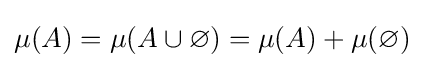
\mu (A)=\mu (A\cup \varnothing )=\mu (A)+\mu (\varnothing )